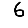
Digit: 6